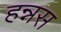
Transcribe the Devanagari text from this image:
हन्नस